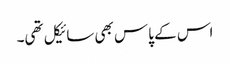
اس کے پاس بھی سائیکل تھی۔